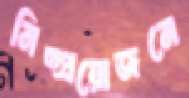
নিষ্প্রয়োজনে